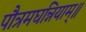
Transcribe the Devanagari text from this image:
पौत्रमघन्नियाम्॥